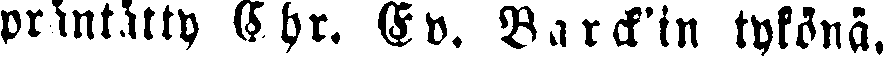
präntätty Chr. Ev. Barckin tykönä.